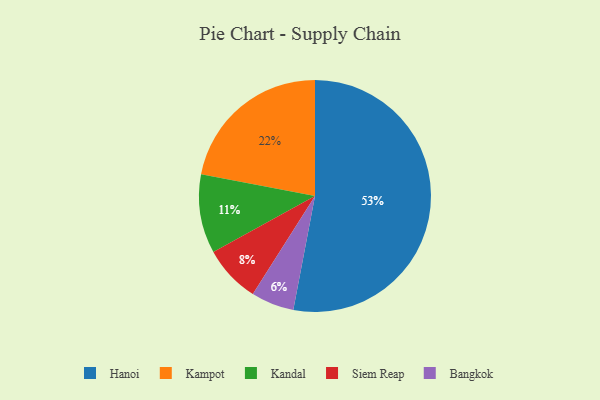
{"axis": {"x": "Category", "y": "Percentage"}, "legend": ["Bangkok", "Hanoi", "Kampot", "Kandal", "Siem Reap"], "data": [{"x": "Kandal", "y": 11, "type": "Kandal"}, {"x": "Kampot", "y": 22, "type": "Kampot"}, {"x": "Bangkok", "y": 6, "type": "Bangkok"}, {"x": "Siem Reap", "y": 8, "type": "Siem Reap"}, {"x": "Hanoi", "y": 53, "type": "Hanoi"}]}